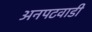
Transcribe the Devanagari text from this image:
अनपटवाडी